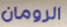
الرومان